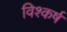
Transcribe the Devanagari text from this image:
विश्कर्ष